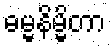
ဓမ္မနိမ္မိတာ